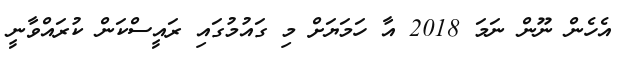
އެހެން ނޫން ނަމަ 2018 އާ ހަމަޔަށް މި ގައުމުގައި ރައީސްކަން ކުރައްވާނީ